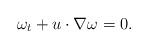
LaTeX: \begin{align*}\omega_t+u\cdot \nabla \omega=0.\end{align*}